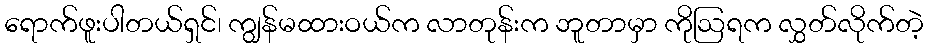
ရောက်ဖူးပါတယ်ရှင်၊ ကျွန်မထားဝယ်က လာတုန်းက ဘူတာမှာ ကိုဩရက လွှတ်လိုက်တဲ့